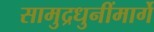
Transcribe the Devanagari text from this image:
सामुद्रधुनींमार्गे